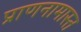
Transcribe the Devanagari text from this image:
प्राणनामास्त